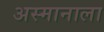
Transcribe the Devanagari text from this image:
अस्मानाला